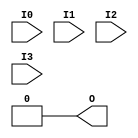
module LUT4_13(output O, input I0, I1, I2, I3);
  parameter [15:0] INIT = 0;
  wire [ 7: 0] s3 = I3 ? INIT[15: 8] : INIT[ 7: 0];
  wire [ 3: 0] s2 = I2 ?   s3[ 7: 4] :   s3[ 3: 0];
  wire [ 1: 0] s1 = I1 ?   s2[ 3: 2] :   s2[ 1: 0];
  assign O = I0 ? s1[1] : s1[0];
endmodule